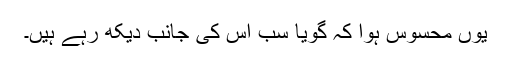
یوں محسوس ہوا کہ گویا سب اس کی جانب دیکھ رہے ہیں۔